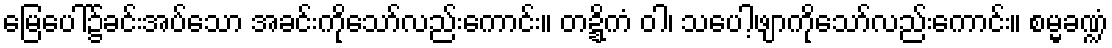
မြေပေါ်၌ခင်းအပ်သော အခင်းကိုသော်လည်းကောင်း။ တဍ္ဍိကံ ဝါ၊ သပေါ့ဖျာကိုသော်လည်းကောင်း။ စမ္မခဏ္ဍံ